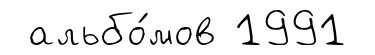
альбо́мов 1991